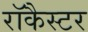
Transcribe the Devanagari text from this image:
रॉकैस्टर